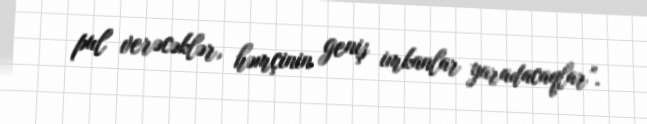
pul verəcəklər, həmçinin geniş imkanlar yaradacaqlar”.